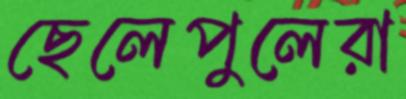
ছেলেপুলেরা